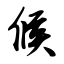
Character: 候